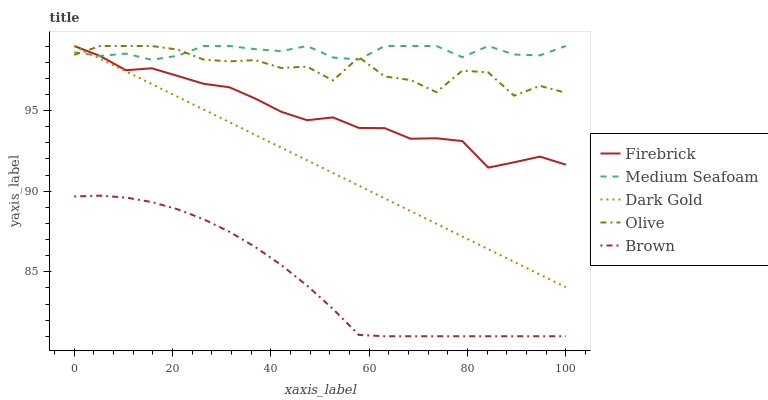
| xaxis_label | Firebrick | Medium Seafoam | Dark Gold | Olive | Brown |
 | --- | --- | --- | --- | --- | --- |
 | 0 | 99 | 98.6 | 99 | 98.5 | 89.7 |
 | 5.26 | 98.4 | 98.4 | 98.2 | 99 | 89.7 |
 | 10.5 | 97.5 | 98.5 | 97.4 | 99 | 89.6 |
 | 15.8 | 97.6 | 98.1 | 96.6 | 99 | 89.3 |
 | 21.1 | 97.1 | 98.4 | 95.9 | 98.8 | 88.9 |
 | 26.3 | 96.7 | 99 | 95.1 | 98.2 | 88.3 |
 | 31.6 | 96.4 | 99 | 94.3 | 98 | 87.5 |
 | 36.8 | 95.7 | 98.8 | 93.5 | 98.1 | 86.5 |
 | 42.1 | 94.9 | 98.7 | 92.7 | 97.6 | 85.4 |
 | 47.4 | 94.4 | 99 | 91.9 | 97.7 | 84.1 |
 | 52.6 | 94.6 | 98.3 | 91.1 | 96.9 | 82.7 |
 | 57.9 | 93.9 | 98.2 | 90.3 | 98.3 | 81.1 |
 | 63.2 | 93.9 | 99 | 89.6 | 97.1 | 81 |
 | 68.4 | 93.2 | 99 | 88.8 | 96.9 | 81 |
 | 73.7 | 93.3 | 99 | 88 | 96.1 | 81 |
 | 78.9 | 93.1 | 98.3 | 87.2 | 97.5 | 81 |
 | 84.2 | 91.5 | 99 | 86.4 | 97.4 | 81 |
 | 89.5 | 91.8 | 98.5 | 85.6 | 95.9 | 81 |
 | 94.7 | 92.1 | 98.4 | 84.8 | 96.5 | 81 |
 | 100 | 91.6 | 99 | 84 | 96.1 | 81 |